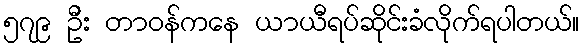
၅၇၉ ဦး တာဝန်ကနေ ယာယီရပ်ဆိုင်းခံလိုက်ရပါတယ်။